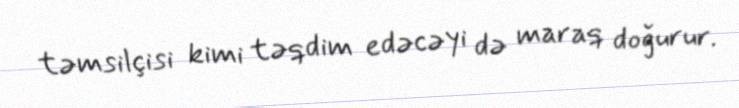
təmsilçisi kimi təqdim edəcəyi də maraq doğurur.